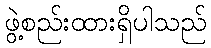
ဖွဲ့စည်းထားရှိပါသည်